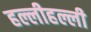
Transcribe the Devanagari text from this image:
हल्लीहल्ली